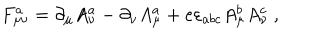
F _ { \mu \nu } ^ { a } = \partial _ { \mu } A _ { \nu } ^ { a } - \partial _ { \nu } A _ { \mu } ^ { a } + e \varepsilon _ { a b c } A _ { \mu } ^ { b } A _ { \nu } ^ { c } \ ,